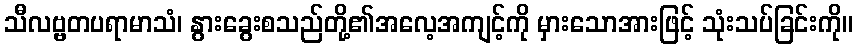
သီလဗ္ဗတပရာမာသံ၊ နွားခွေးစသည်တို့၏အလေ့အကျင့်ကို မှားသောအားဖြင့် သုံးသပ်ခြင်းကို။